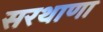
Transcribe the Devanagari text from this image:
सरथाणा